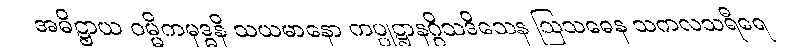
အဓိဋ္ဌာယ ဝမ္မိကမုဒ္ဓနိ သယမာနော ကပ္ပုဋ္ဌာနဂ္ဂိသဒိသေန ဩသဓေန သကလသရီရေ